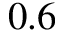
0 . 6